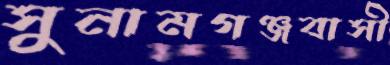
সুনামগঞ্জবাসী